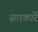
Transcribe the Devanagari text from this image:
सारकारें